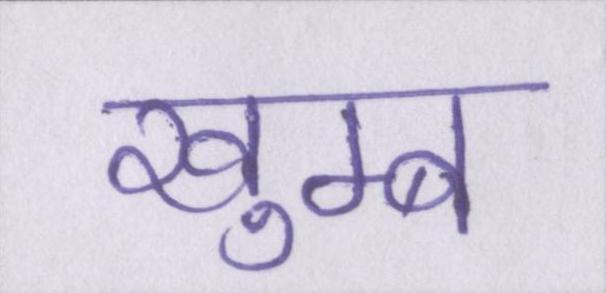
खुम्ब